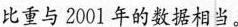
比重与2001年的数据相当。